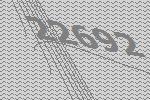
22692